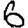
Digit: 6